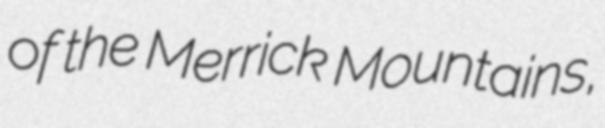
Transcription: of the Merrick Mountains,